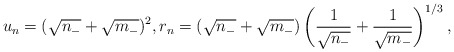
\begin{align*}u_n=(\sqrt{n_-}+\sqrt{m_-})^2, r_n=(\sqrt{n_-}+\sqrt{m_-})\left(\frac{1}{\sqrt{n_-}}+\frac{1}{\sqrt{m_-}}\right)^{1/3},\end{align*}